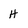
Character: H